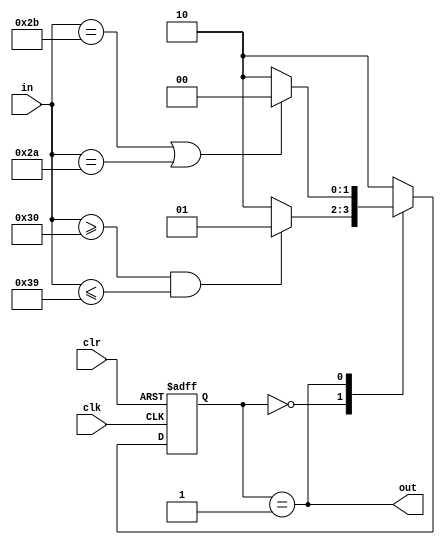
module string(
	input clk,
	input clr,
	input [7:0] in,
	output out
);
	reg [1:0] state = 0;
	assign out = state == 1;
	wire isdigit = in >= "0" && in <= "9";
	wire isop = in == "+" || in == "*";
	always @(posedge clk, posedge clr) begin
		if (clr) state <= 0;
		else begin
			case (state)
				0: begin
					if (isdigit) state <= 1;
					else state <= 2;
				end
				1: begin
					if (isop) state <= 0;
					else state <= 2;
				end
				default: state <= 2;
			endcase
		end
	end
endmodule

module string_test();
	reg clk = 0, clr = 0;
	reg [7:0] in;
	wire out;

	string uut(clk, clr, in, out);

	always #5 clk = ~clk;

	initial begin
`ifdef DUMPFILE
		$dumpfile(`DUMPFILE);
		$dumpvars(0, string_test);
`endif
		in = "1";
		#10;
		in = "+";
		#10;
		in = "2";
		#20;
		in = "*";
		#10;
		in = "3";
		#10;
		in = "a";
		#10;
		clr = 1;
		#10;
		clr = 0;
		in = "1";
		#10;
		in = "+";
		#30;

		$finish();
	end
endmodule